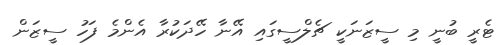
ޓެރީ ބުނީ މި ސީޒަނަކީ ޗެލްސީގައި އޭނާ ހޭދަކުރާ އެންމެ ފަހު ސީޒަން